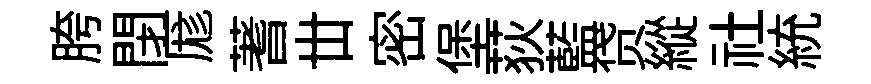
胯閉厖蓍丗密堡荻藍贷縱社統